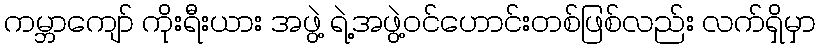
ကမ္ဘာကျော် ကိုးရီးယား အဖွဲ့ ရဲ့အဖွဲ့ဝင်ဟောင်းတစ်ဖြစ်လည်း လက်ရှိမှာ